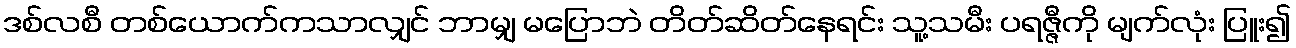
ဒစ်လစီ တစ်ယောက်ကသာလျှင် ဘာမျှ မပြောဘဲ တိတ်ဆိတ်နေရင်း သူ့သမီး ပရဇ္ဇီကို မျက်လုံး ပြူး၍